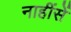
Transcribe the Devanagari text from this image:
नाहींसें